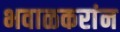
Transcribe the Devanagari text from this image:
भवाळकरांन